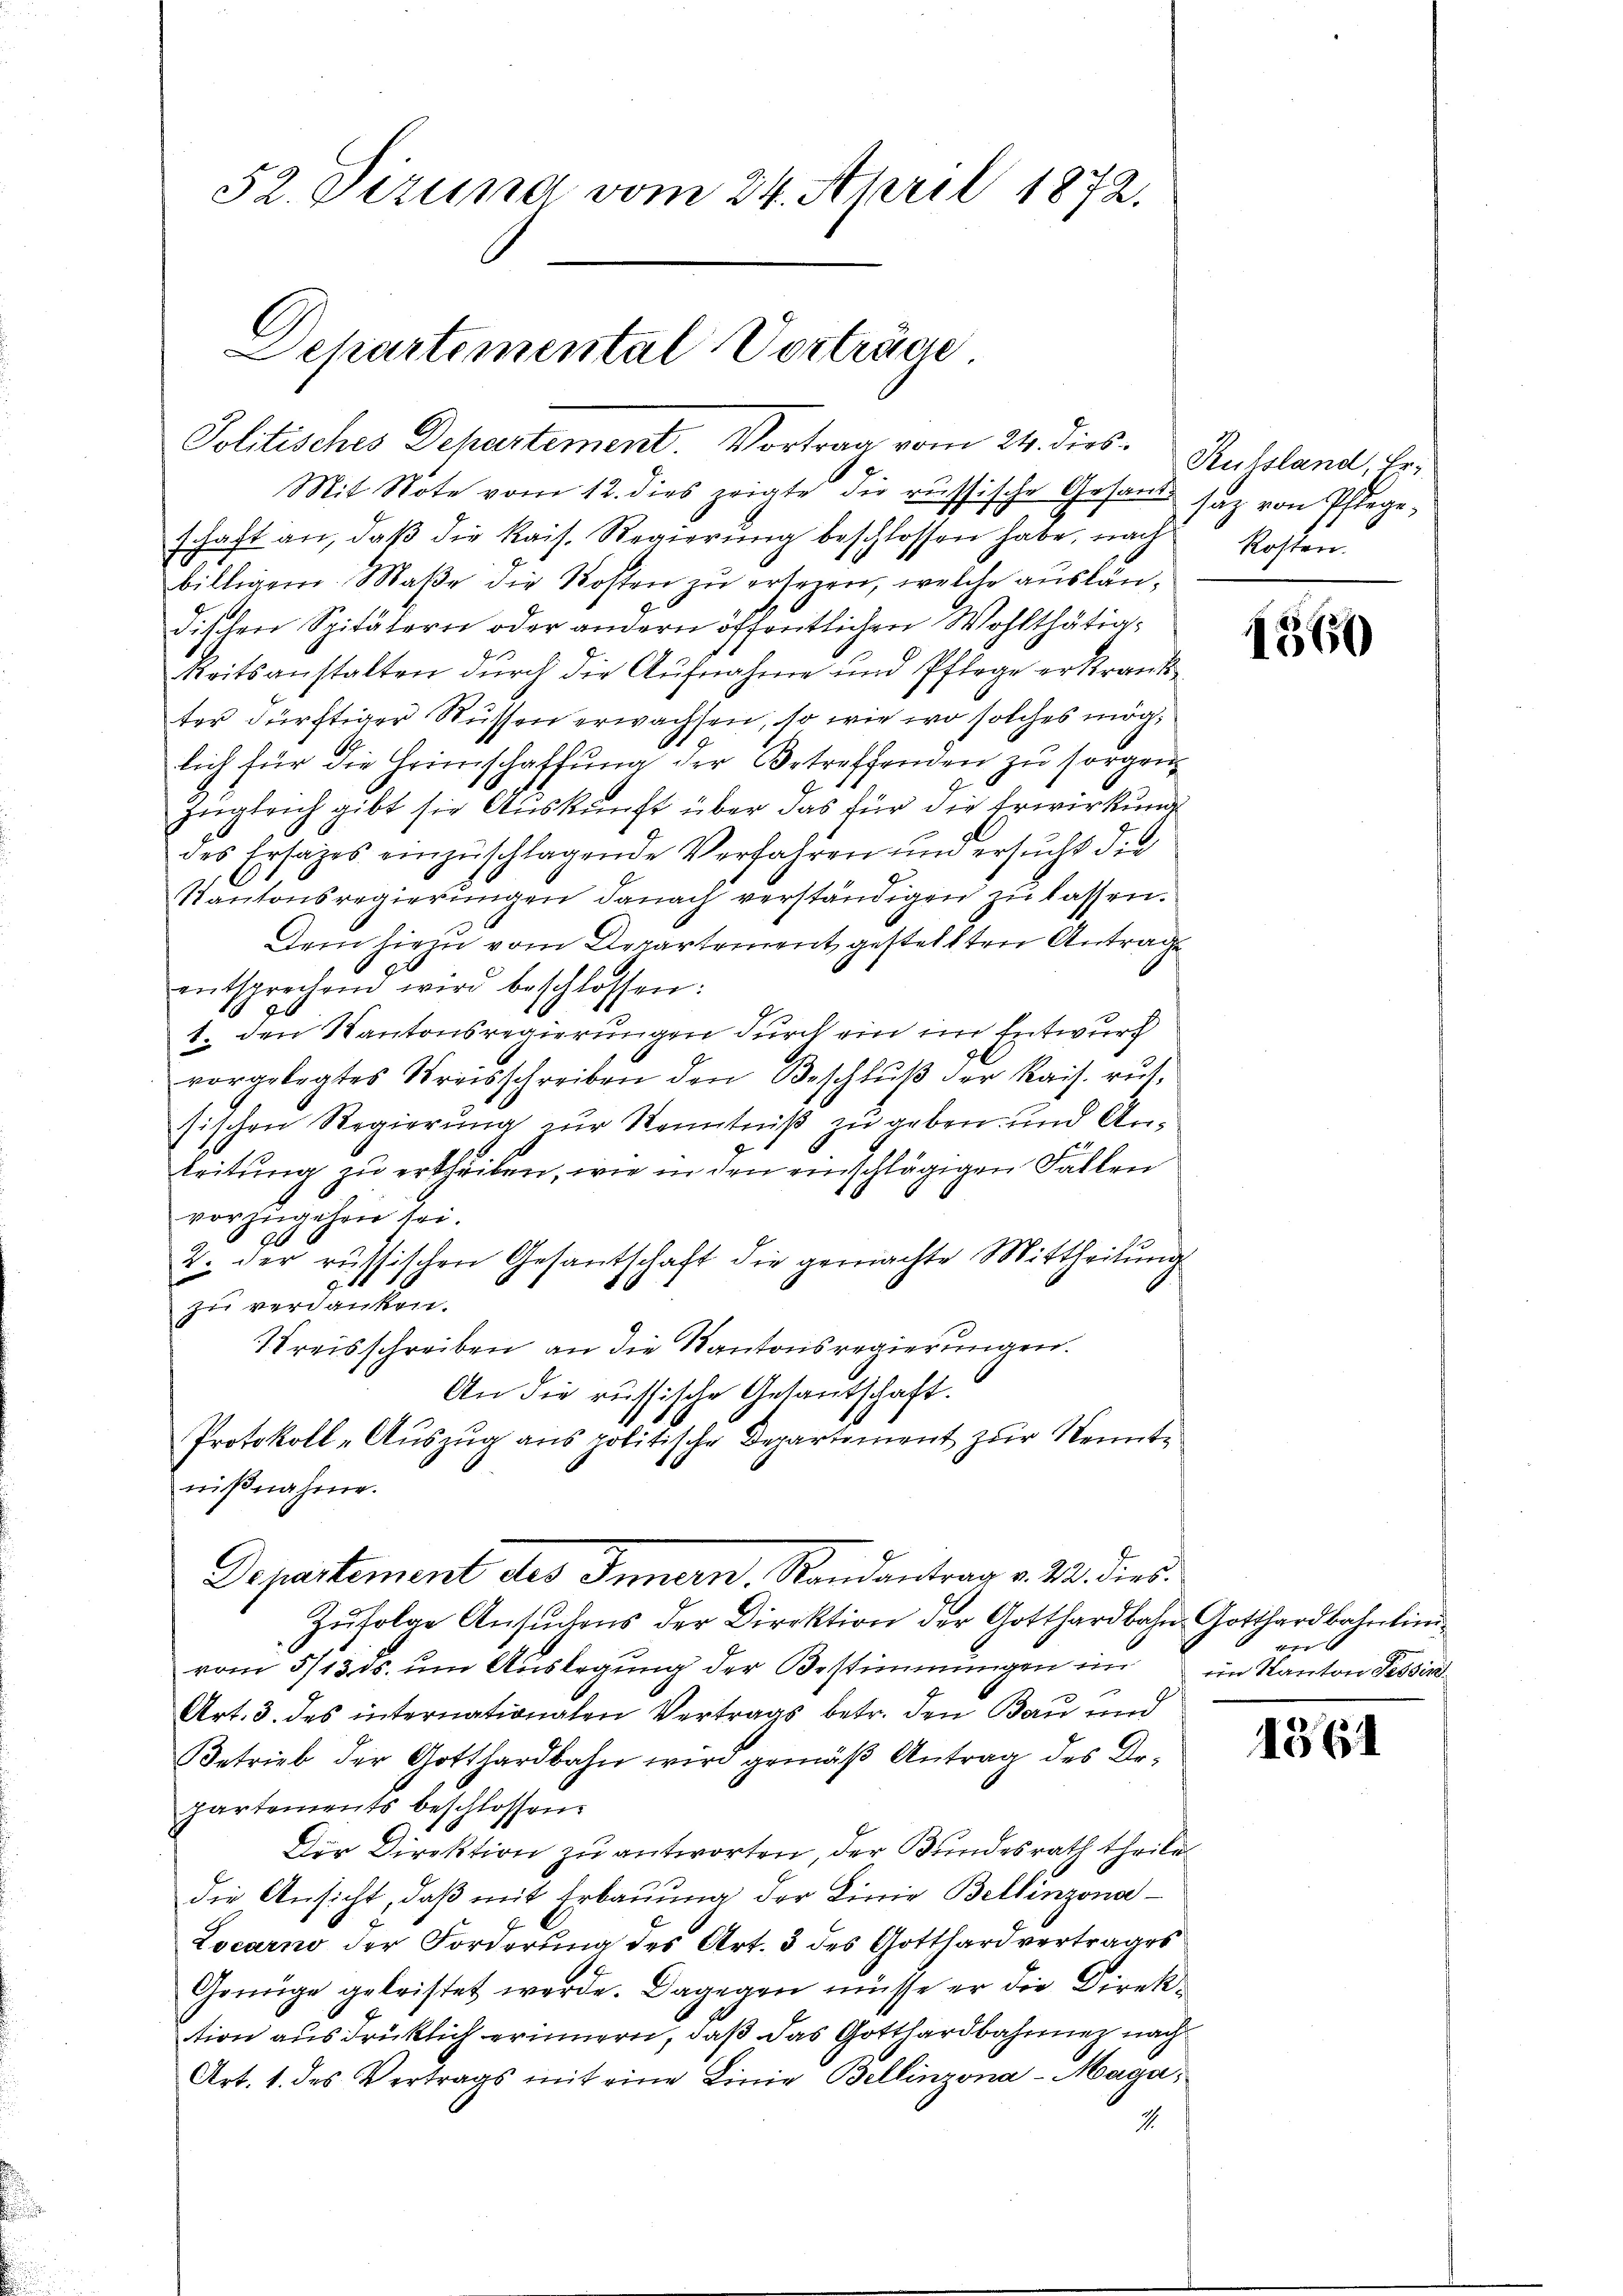
52. Dizuna vom 24. April 1872.

Sckartemental Vorträge
Politisches Departement. Vortrag vom 24. dies. Ruhland, hr.

Mit Note vom 12. dies zeigte die russische Gesand saz von Pflegeschaft an, daβ die kais. Regierŭng beschlossen habe, nach Kosten
billigem Maße die Kosten zu ersezen, welche ausländischen Spitätern oder andern öffentlichen Wohlthätigkeitsanstalten dŭrch die Aŭfnahme und Pflege erkrank
ter dürftiger Rüssen erwachsen, so wie wo solches möglich für die Heimschaffung der Betreffenden zu sorgen
Zugleich gibt sie Auskunft über das für die Erwirkung
des Ersatzes einzuschlagende Verfahren und ersucht die
Kantonsregierungen danach verständigen zu lassen.
Dem hiezu vom Departement gestellten Antrage
entsprechen wird beschlossen:
1. den Kantonsregierungen durch ein im Entwurf
vorgelegtes Kreisschreiben den Beschlŭβ der Kais. rŭt-
sischen Regierung zur Kenntniß zu geben und Anleitung zu ertheilen, wie in den einschlägigen Fallen
vorzugehen sei.
20
2. der russischen Gesantschaft die gemachte Mittheilŭng
91
zu verdanken.
Kreisschreiben an die Kantonsregierungen.
An die russische Getantschaft.
Protokoll-Auszug aus politische Departement zur Kenntnißnahme.
Departement des Innern, Randantrag v. M. dies
Zufolge Ansuchens der Direktion der Gotthardbahn Gotthardbahnlini
vom 5/13. ds. um Auslegung der Bestimmungen im
Art. 3. des internationalen Vertrags betr. den Bau und
Betrieb der Gotthardbahn wird gemäß Antrag des Arpartements beschlossen.
Der Direktion zu antworten, der Bundesrath theile
die Ansicht, daß mit Erbauung der Linie Bellinzona¬
Locarno der Forderung des Art. 3 des Gotthardvertrages
Genüge geleistet werde. Dagegen müsse er die Direktion ausdrücklich erinnern, daß das Gotthardbahnnez nach
Art. 1. des Vertrags mit eine Linie Bellinzona-Maga
1.

1360

f
ein Kanton Tessin

1561